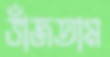
ভাঁজতাম